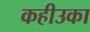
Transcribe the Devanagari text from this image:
कहीउका